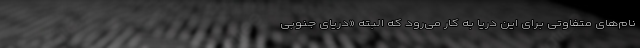
نام‌های متفاوتی برای این دریا به کار می‌رود که البته «دریای جنوبی